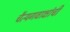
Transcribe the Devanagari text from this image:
चैत्यगवाक्षांची